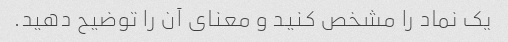
یک نماد را مشخص کنید و معنای آن را توضیح دهید.